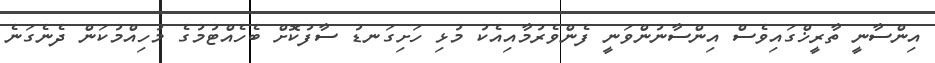
އިންސާނީ ތާރީޚްގައިވެސް އިންސާނުންވަނީ ފެންވެރުމާއިއެކު މުޅި ހަށިގަނޑު ސާފުކޮށް ބެހެއްޓުމުގެ މުހިއްމުކަން ދެނެގަނެ